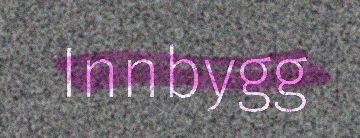
Innbygg